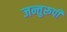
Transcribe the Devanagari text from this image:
जन्तुरूपी